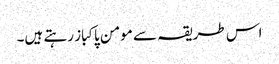
اس طریقہ سے مومن پاکباز رہتے ہیں۔